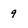
Character: 9